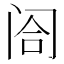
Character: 𬮤